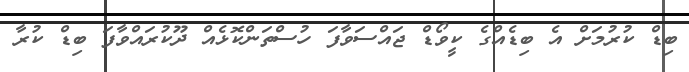
ބިޑް ކުރުމަށް އެ ބިޑެއްގެ ކީވޯޑް ޖައްސަވާފަ ހުސްތަންކޮޅެއް ދޫކުރައްވާފަ ބިޑް ކުރާ